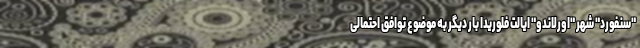
"سنفورد" شهر "اورلاندو" ایالت فلوریدا بار دیگر به موضوع توافق احتمالی